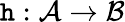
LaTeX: \mathtt{h}:{\mathcal{{A}}}\rightarrow{\mathcal{{B}}}